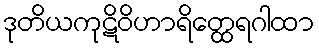
ဒုတိယကုဋိဝိဟာရိတ္ထေရဂါထာ